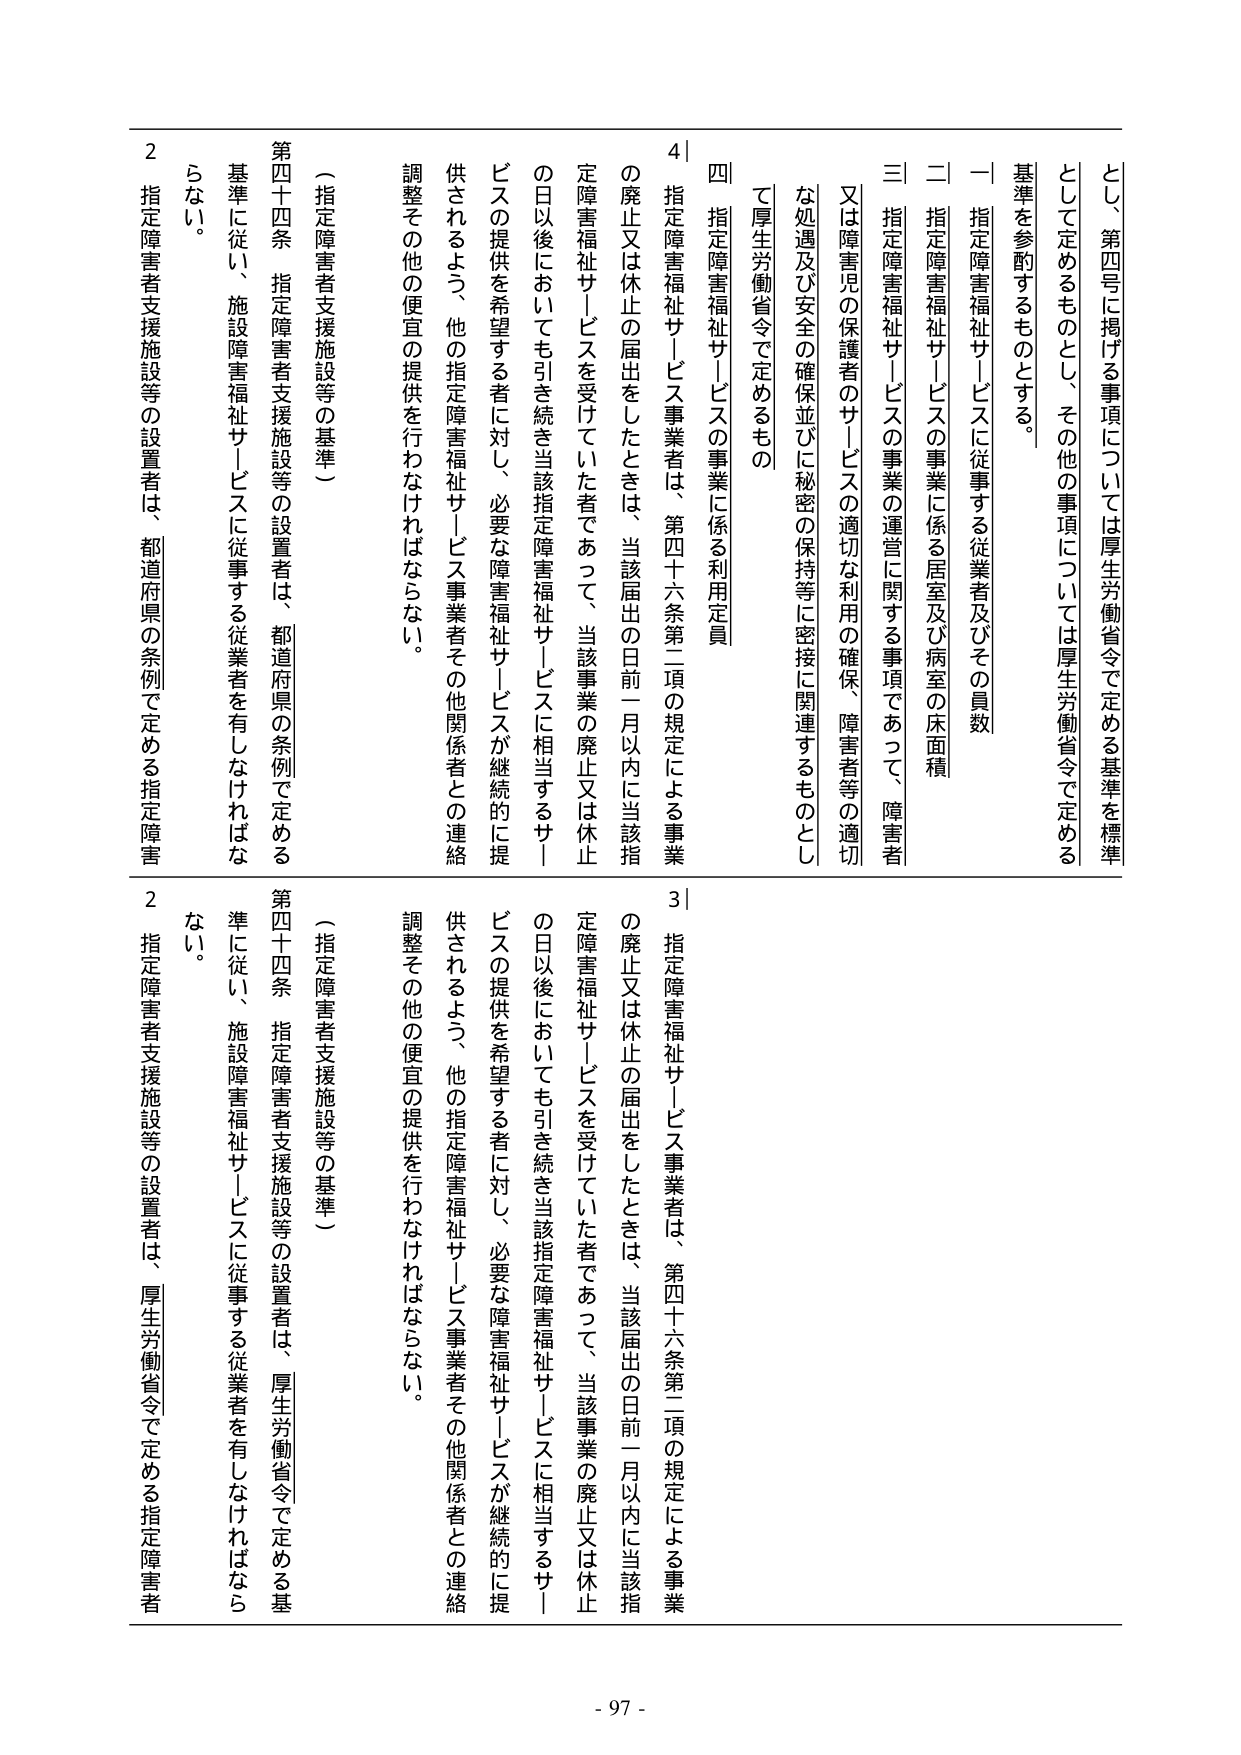
とし、第四号に掲げる事項については厚生労働省令で定める基準を標準として定めるものとし、その他の事項については厚生労働省令で定める基準を参酌するものとする。

一 指定障害福祉サービスに従事する従業者及びその員数

二 指定障害福祉サービスの事業に係る居室及び病室の床面積

三 指定障害福祉サービスの事業の運営に関する事項であって、障害者又は障害児の保護者のサービスの適切な利用の確保、障害者等の適切な処遇及び安全の確保並びに秘密の保持等に密接に関連するものとして厚生労働省令で定めるもの

四 指定障害福祉サービスの事業に係る利用定員

指定障害福祉サービス事業者は、第四十六条第二項の規定による事業の廃止又は休止の届出をしたときは、当該届出の日前一月以内に当該指定障害福祉サービスを受けけていた者であって、当該事業の廃止又は休止の日以後においても引き続き当該指定障害福祉サービスに相当するサービスの提供を希望する者に対し、必要な障害福祉サービスが継続的に提供されるよう、他の指定障害福祉サービス事業者その他関係者との連絡調整その他の便宜の提供を行わなければならない。

（指定障害者支援施設等の基準）

第四十四条 指定障害者支援施設等の設置者は、都道府県の条例で定める基準に従い、施設障害福祉サービスに従事する従業者を有しなければならない。

２ 指定障害者支援施設等の設置者は、都道府県の条例で定める指定障害

指定障害福祉サービス事業者は、第四十六条第二項の規定による事業の廃止又は休止の届出をしたときは、当該届出の日前一月以内に当該指定障害福祉サービスを受けけていた者であって、当該事業の廃止又は休止の日以後においても引き続き当該指定障害福祉サービスに相当するサービスの提供を希望する者に対し、必要な障害福祉サービスが継続的に提供されるよう、他の指定障害福祉サービス事業者その他関係者との連絡調整その他の便宜の提供を行わなければならない。

（指定障害者支援施設等の基準）

第四十四条 指定障害者支援施設等の設置者は、厚生労働省令で定める基準に従い、施設障害福祉サービスに従事する従業者を有しなければならない。

２ 指定障害者支援施設等の設置者は、厚生労働省令で定める指定障害者

- 97 -